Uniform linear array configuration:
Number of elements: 12
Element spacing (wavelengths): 0.25
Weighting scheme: hamming
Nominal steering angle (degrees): -30
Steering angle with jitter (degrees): -30.095
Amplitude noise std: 0.05
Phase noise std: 0.05

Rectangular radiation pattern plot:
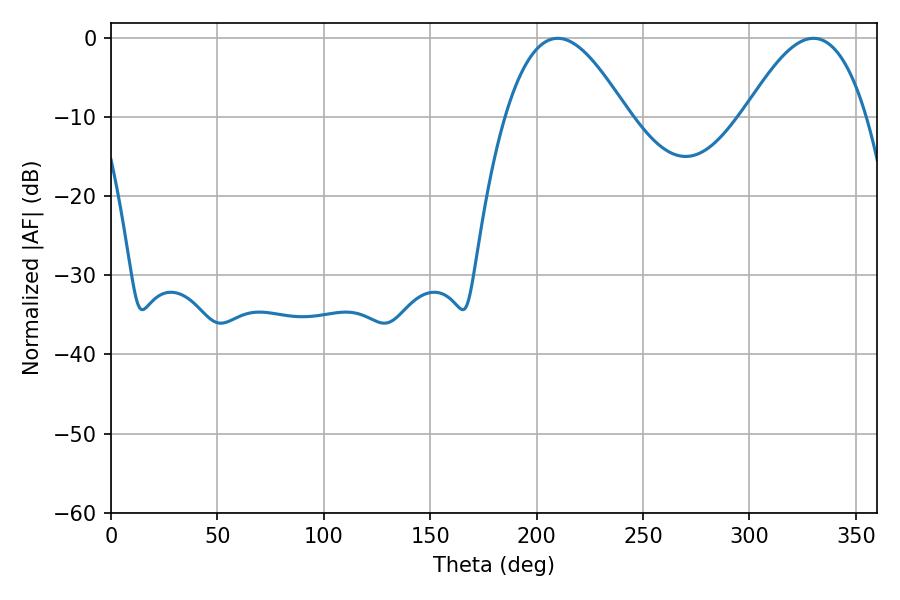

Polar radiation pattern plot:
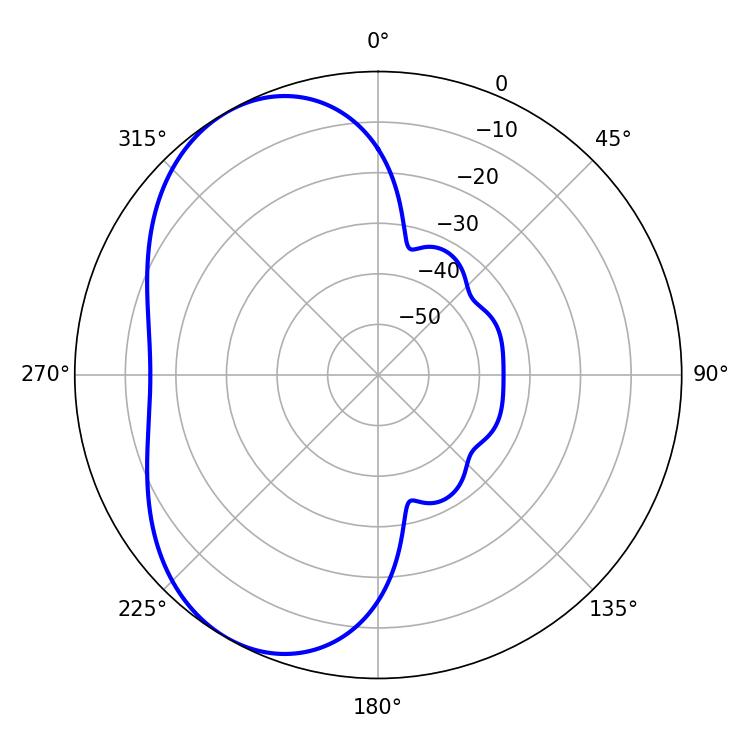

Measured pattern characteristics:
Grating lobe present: FALSE
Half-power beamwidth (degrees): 31.14
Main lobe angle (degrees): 209.88